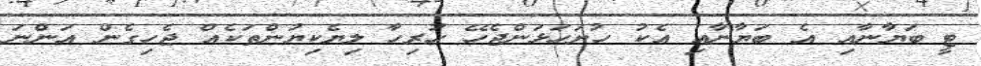
ޓީ ބަޔާނާއި އެ ބަޔާނާއި އެކު ހުށަހަޅަންޖެހޭ ހުރިހާ ލިޔެކިޔުންތަކެއް ޖެހިގެން އަންނަ